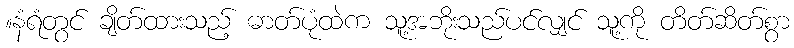
။နံရံတွင် ချိတ်ထားသည့် ဓာတ်ပုံထဲက သူ့အဘိုးသည်ပင်လျှင် သူ့ကို တိတ်ဆိတ်စွာ